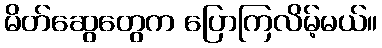
မိတ်ဆွေတွေက ပြောကြလိမ့်မယ်။